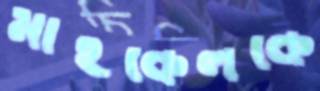
মাইকেলকে